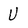
Character: U